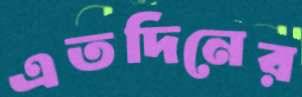
এতদিনের